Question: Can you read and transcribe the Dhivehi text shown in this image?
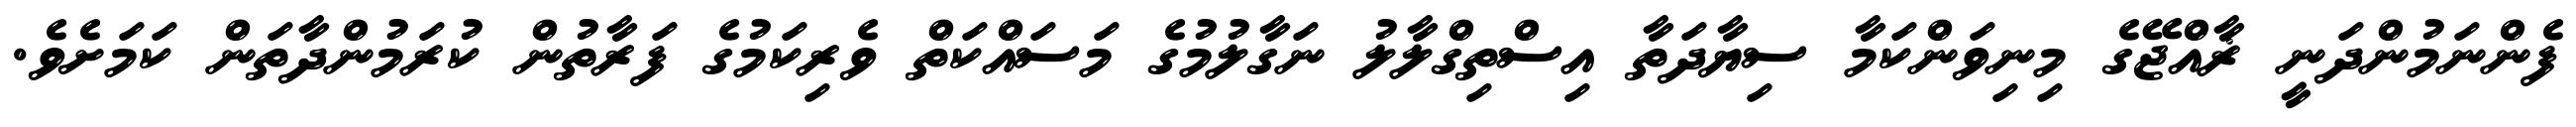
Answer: ފެންނަމުންދަނީ ޜާއްޖޭގެ މިނިވަންކަމާ ސިޔާދަތާ އިސްތިގްލާލު ނަގާލުމުގެ މަސައްކަތް ވެރިކަމުގެ ފަރާތުން ކުރަމުންދާތަން ކަމަށެވެ.